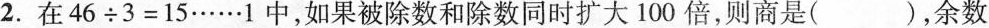
2.在46÷3=15……1中，如果被除数和除数同时扩大100倍，则商是( )，余数